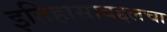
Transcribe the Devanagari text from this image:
इतिहासाबद्दलचा